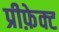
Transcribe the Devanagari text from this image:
प्रीफ़ेक्ट